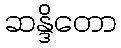
ဆန္ဒိတော